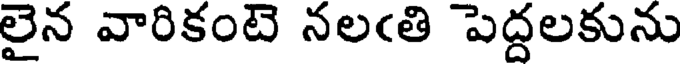
లైన వారికంటె నలఁతి పెద్దలకును